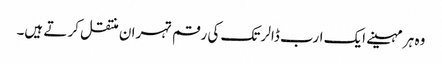
وہ ہر مہینے ایک ارب ڈالر تک کی رقم تہران منتقل کر تے ہیں۔